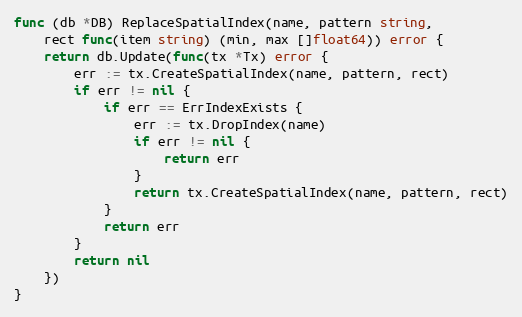
Language: Go
func (db *DB) ReplaceSpatialIndex(name, pattern string,
	rect func(item string) (min, max []float64)) error {
	return db.Update(func(tx *Tx) error {
		err := tx.CreateSpatialIndex(name, pattern, rect)
		if err != nil {
			if err == ErrIndexExists {
				err := tx.DropIndex(name)
				if err != nil {
					return err
				}
				return tx.CreateSpatialIndex(name, pattern, rect)
			}
			return err
		}
		return nil
	})
}